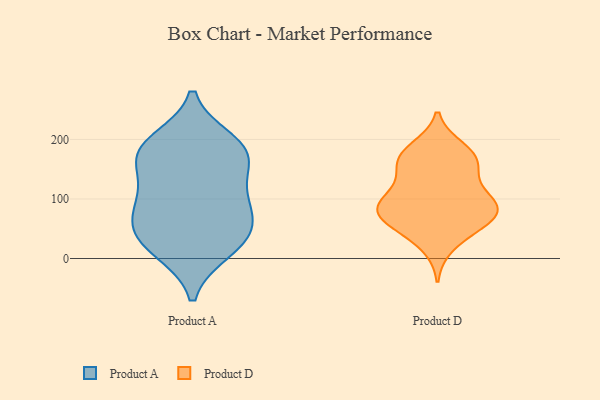
{"axis": {"x": "Budget (USD K)", "y": "Value"}, "legend": ["Product A", "Product D"], "data": [{"x": "", "y": 14, "type": "Product A"}, {"x": "", "y": 173, "type": "Product A"}, {"x": "", "y": 167, "type": "Product A"}, {"x": "", "y": 54, "type": "Product A"}, {"x": "", "y": 175, "type": "Product A"}, {"x": "", "y": 39, "type": "Product A"}, {"x": "", "y": 101, "type": "Product A"}, {"x": "", "y": 110, "type": "Product A"}, {"x": "", "y": 92, "type": "Product A"}, {"x": "", "y": 185, "type": "Product A"}, {"x": "", "y": 56, "type": "Product A"}, {"x": "", "y": 20, "type": "Product A"}, {"x": "", "y": 196, "type": "Product A"}, {"x": "", "y": 101, "type": "Product D"}, {"x": "", "y": 87, "type": "Product D"}, {"x": "", "y": 20, "type": "Product D"}, {"x": "", "y": 124, "type": "Product D"}, {"x": "", "y": 91, "type": "Product D"}, {"x": "", "y": 52, "type": "Product D"}, {"x": "", "y": 73, "type": "Product D"}, {"x": "", "y": 53, "type": "Product D"}, {"x": "", "y": 88, "type": "Product D"}, {"x": "", "y": 95, "type": "Product D"}, {"x": "", "y": 166, "type": "Product D"}, {"x": "", "y": 77, "type": "Product D"}, {"x": "", "y": 181, "type": "Product D"}, {"x": "", "y": 151, "type": "Product D"}, {"x": "", "y": 151, "type": "Product D"}, {"x": "", "y": 186, "type": "Product D"}, {"x": "", "y": 62, "type": "Product D"}, {"x": "", "y": 169, "type": "Product D"}]}